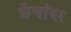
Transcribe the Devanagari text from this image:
फ्रेंचांवर